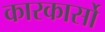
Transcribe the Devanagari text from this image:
कारकार्सो